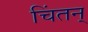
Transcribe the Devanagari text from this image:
चिंतन्